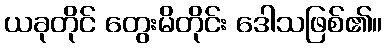
ယခုတိုင် တွေးမိတိုင်း ဒေါသဖြစ်၏။